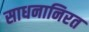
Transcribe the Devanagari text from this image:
साधनानिरत